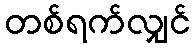
တစ်ရက်လျှင်